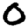
Digit: 0